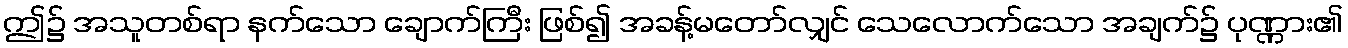
ဤ၌ အသူတစ်ရာ နက်သော ချောက်ကြီး ဖြစ်၍ အခန့်မတော်လျှင် သေလောက်သော အချက်၌ ပုဏ္ဏား၏